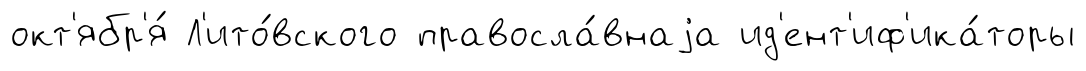
окт'ябр'я́ Л'ито́вского правосла́внаjа ид'ент'иф'ика́торы